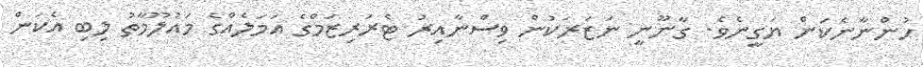
ހުންނާނެކަން ޔަގީނެވެ. ގާނޫނީ ނަޒަރަކުން ވިސްނާއިރު ޓެރަރިޒަމްގެ އަމަލެއްގެ މައުލޫމާތު ލިބި އެކަން